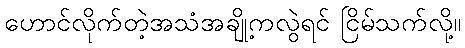
ဟောင်လိုက်တဲ့အသံအချို့ကလွဲရင် ငြိမ်သက်လို့။